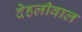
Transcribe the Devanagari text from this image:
देहलीवाल